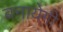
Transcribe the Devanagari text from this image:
बनायेगी